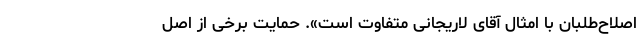
اصلاح‌طلبان با امثال آقای لاریجانی متفاوت است». حمایت برخی از اصل